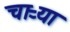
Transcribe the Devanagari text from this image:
चाऱ्या